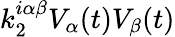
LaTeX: k_{2}^{i\alpha\beta}V_{\alpha}(t)V_{\beta}(t)